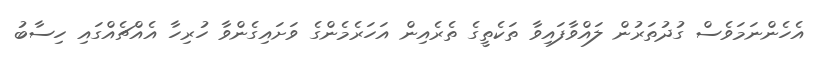
އެހެންނަމަވެސް ގުދުތަރުން ލައްވާފައިވާ ތަކެތީގެ ތެރެއިން އަހަރެމެންގެ ވަށައިގެންވާ ހުރިހާ އެއްޗެއްގައި ހިސާބު